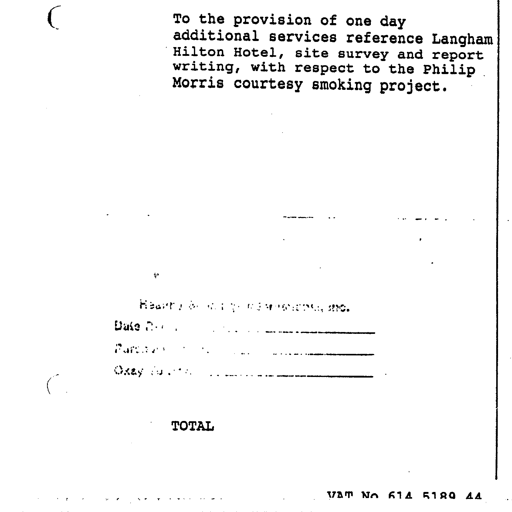
To the provision of one day
additional services reference Langham
Hilton Hotel, site survey and report
writing, with respect to the Philip
Morris courtesy smoking project.

Healthy Buildings International, Inc.
Date Rec'd _________________
Purch. Order _________________
Okay to Pay _________________

TOTAL

VAT No 614 5189 44